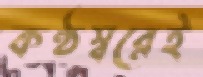
কণ্ঠস্বরেই